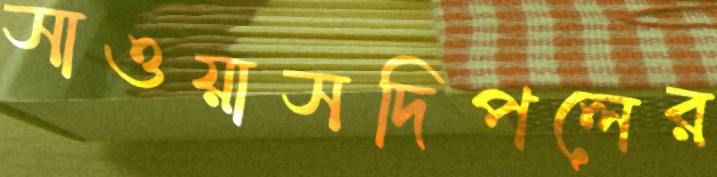
সাওয়াসদিপলের